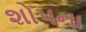
શોપના